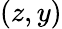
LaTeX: (z,y)